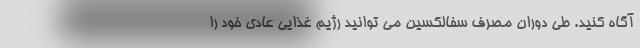
آگاه کنید. طی دوران مصرف سفالکسین می توانید رژیم غذایی عادی خود را